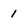
Character: 1